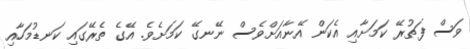
ވަސް ފަތުރޭ ކަމަށާއި އެކަން އޭނާއަށްވެސް ނޭނގޭ ކަމަށެވެ. އޭގެ ތެރޭގައި ކަނޑުމަހާއި